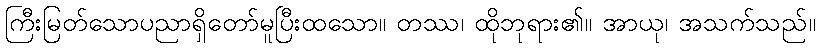
ကြီးမြတ်သောပညာရှိတော်မူပြီးထသော။ တဿ၊ ထိုဘုရား၏။ အာယု၊ အသက်သည်။